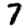
Digit: 7